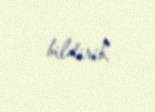
bildirib.